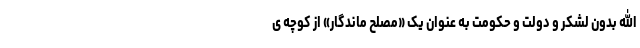
الله بدون لشکر و دولت و حکومت به عنوان یک «مصلح ماندگار» از کوچه ی